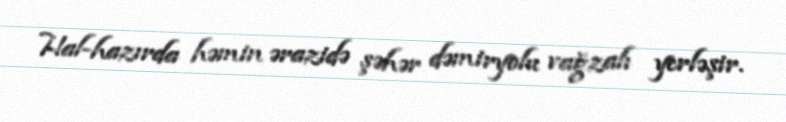
Hal-hazırda həmin ərazidə şəhər dəmiryolu vağzalı yerləşir.